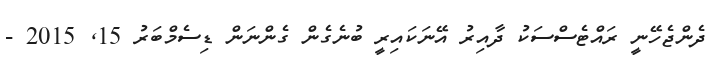
ދެންޖެހޭނީ ރައްޓެސްސަކު ދާއިރު އޭނަކައިރީ ބުނެގެން ގެންނަން ޑިސެމްބަރު 15